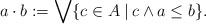
LaTeX: \begin{align*}a\cdot b:=\bigvee\{c\in A\:|\:c\wedge a\le b\}.\end{align*}